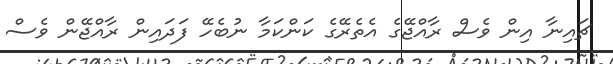
ޗައިނާ އިން ވެސް ރާއްޖޭގެ އެތެރޭގެ ކަންކަމާ ނުބެހޭ ފަދައިން ރާއްޖޭން ވެސް